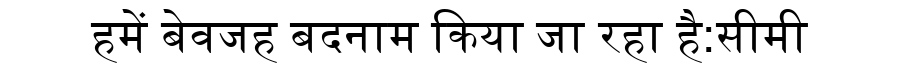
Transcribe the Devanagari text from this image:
हमें बेवजह बदनाम किया जा रहा है:सीमी